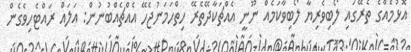
އޮޅުމެއްގެ ތެރޭގައި ލޯބިވެރިޔާ ލޯބިވާކަމެއް ނޫނީ އެއްޗަކާދޭތެރޭ ހިތްހަމަނުޖެހޭ އެއްޗެއްބުނުން: އަލައް ރައްޓެހިވެގެން